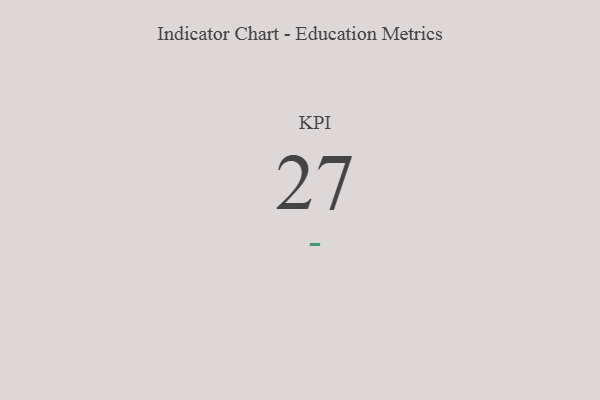
{"axis": {"x": "KPI", "y": "Value"}, "legend": [""], "data": [{"x": "KPI", "y": 27, "type": ""}]}